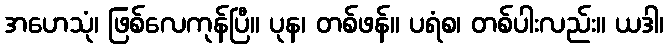
အဟေသုံ၊ ဖြစ်လေကုန်ပြီ။ ပုန၊ တစ်ဖန်။ ပရံစ၊ တစ်ပါးလည်း။ ယဒါ၊